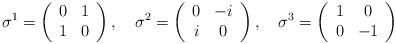
LaTeX: \begin{align*}\sigma^1 = \left ( \begin{array}[c]{cc} 0 & 1 \\ 1 & 0 \end{array} \right ), \quad\sigma^2 = \left ( \begin{array}[c]{cc} 0 & -i \\ i & 0 \end{array} \right ), \quad\sigma^3 = \left ( \begin{array}[c]{cc} 1 & 0 \\ 0 & -1 \end{array} \right )\end{align*}